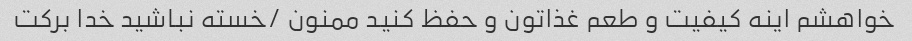
خواهشم اینه کیفیت و طعم غذاتون و حفظ کنید ممنون /خسته نباشید خدا برکت